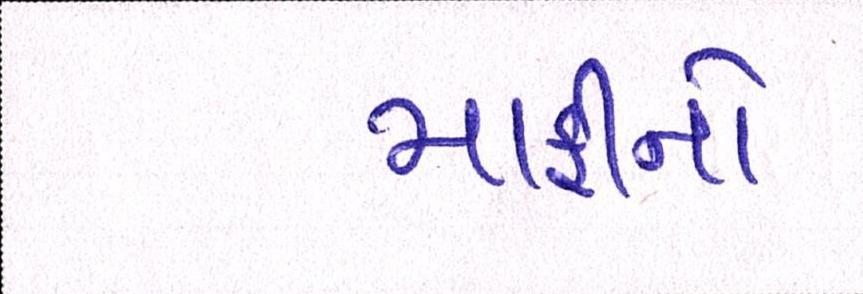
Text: માફીનો